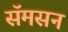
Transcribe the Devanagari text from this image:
सॅमसन